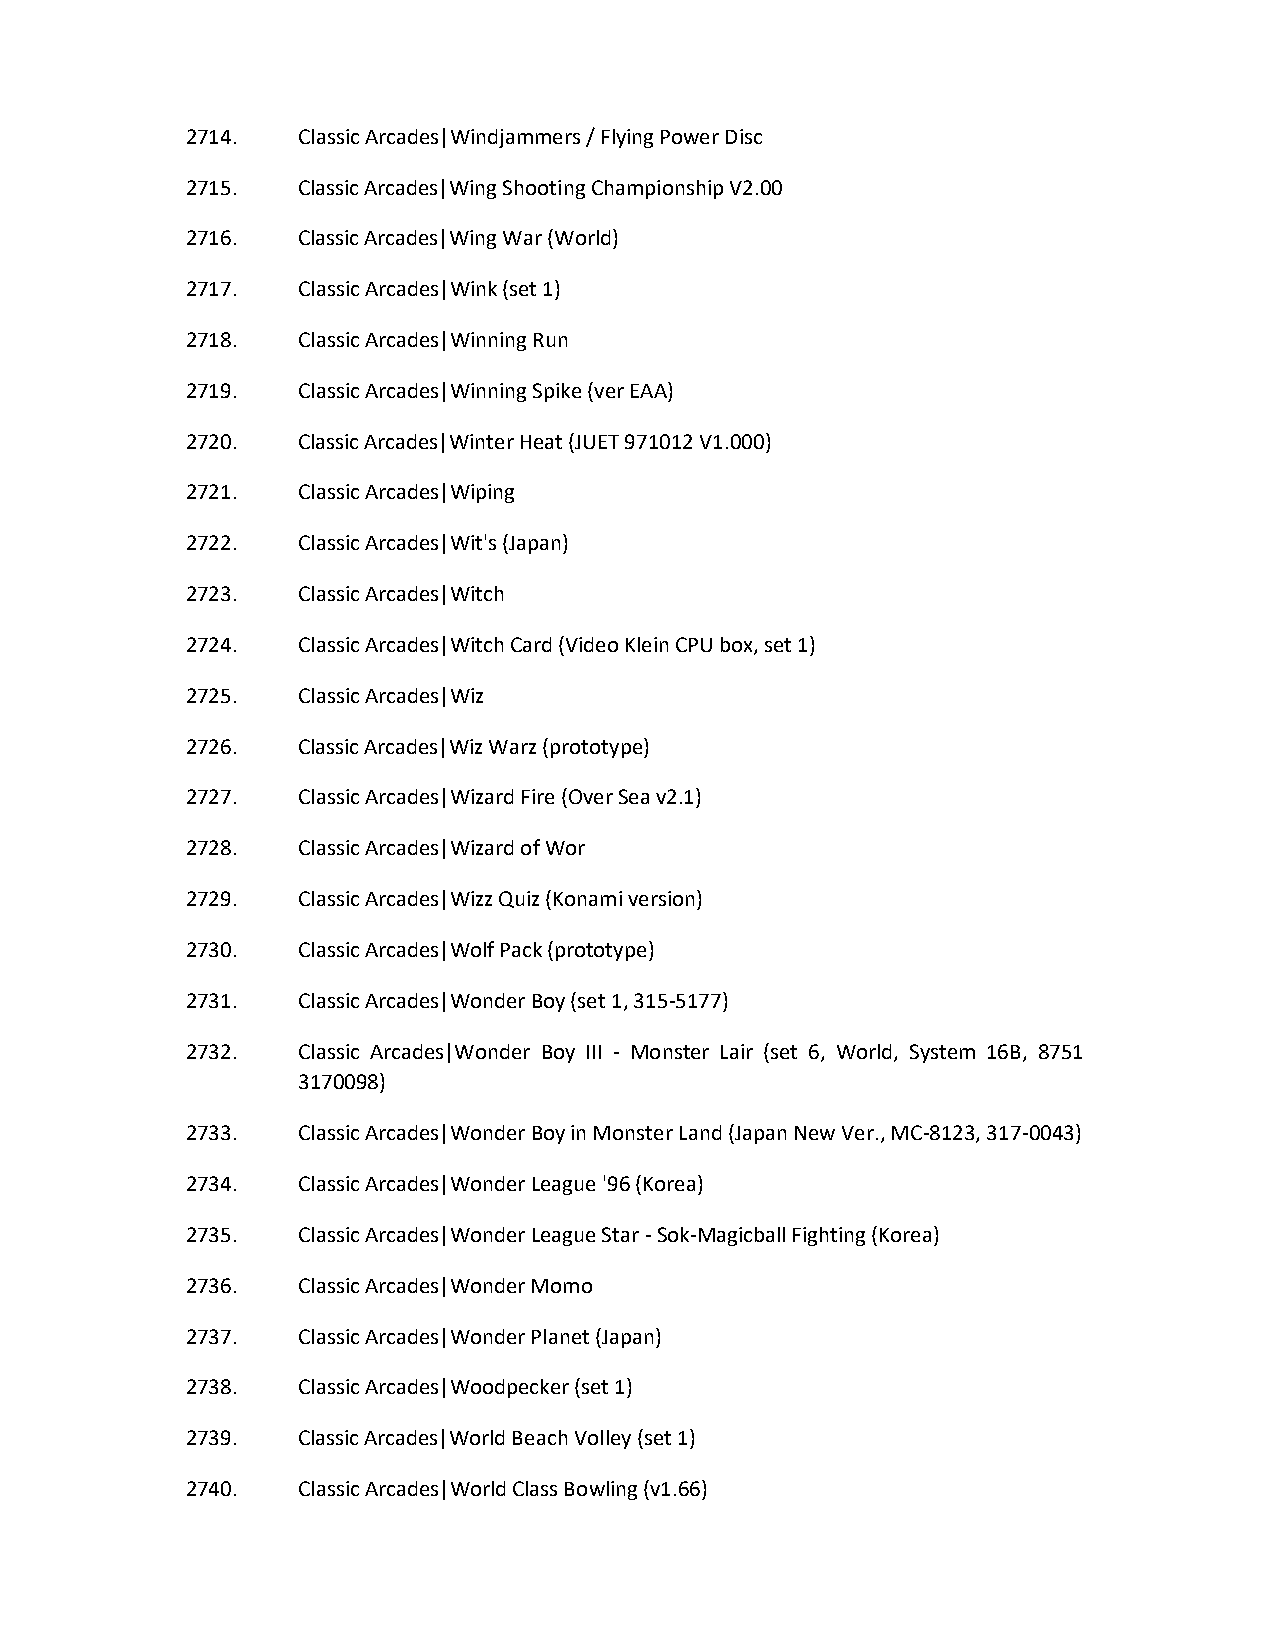
2714.   Classic Arcades|Windjammers / Flying Power Disc
 2715.   Classic Arcades|Wing Shooting Championship V2.00
 2716.   Classic Arcades|Wing War (World)
 2717.   Classic Arcades|Wink (set 1)
 2718.   Classic Arcades|Winning Run
 2719.   Classic Arcades|Winning Spike (ver EAA)
 2720.   Classic Arcades|Winter Heat (JUET 971012 V1.000)
 2721.   Classic Arcades|Wiping
 2722.   Classic Arcades|Wit's (Japan)
 2723.   Classic Arcades|Witch
 2724.   Classic Arcades|Witch Card (Video Klein CPU box, set 1)
 2725.   Classic Arcades|Wiz
 2726.   Classic Arcades|Wiz Warz (prototype)
 2727.   Classic Arcades|Wizard Fire (Over Sea v2.1)
 2728.   Classic Arcades|Wizard of Wor
 2729.   Classic Arcades|Wizz Quiz (Konami version)
 2730.   Classic Arcades|Wolf Pack (prototype)
 2731.   Classic Arcades|Wonder Boy (set 1, 315-5177)
 2732.   Classic Arcades|Wonder Boy III - Monster Lair (set 6, World, System 16B, 8751
 3170098)
 2733.   Classic Arcades|Wonder Boy in Monster Land (Japan New Ver., MC-8123, 317-0043)
 2734.   Classic Arcades|Wonder League '96 (Korea)
 2735.   Classic Arcades|Wonder League Star - Sok-Magicball Fighting (Korea)
 2736.   Classic Arcades|Wonder Momo
 2737.   Classic Arcades|Wonder Planet (Japan)
 2738.   Classic Arcades|Woodpecker (set 1)
 2739.   Classic Arcades|World Beach Volley (set 1)
 2740.   Classic Arcades|World Class Bowling (v1.66)